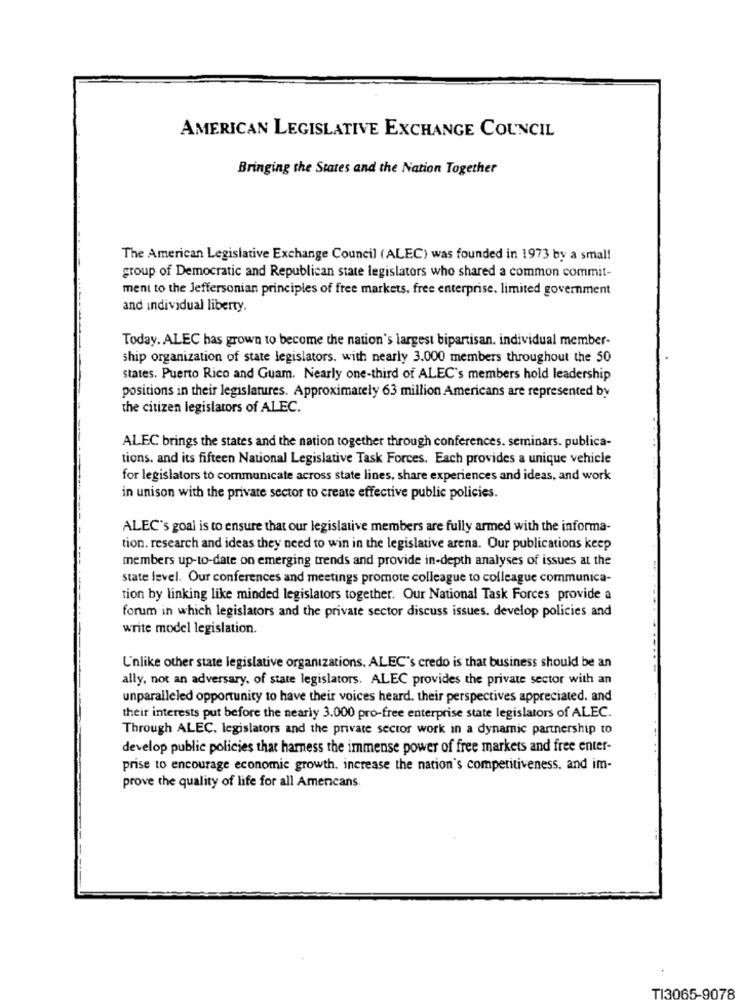
AMERICAN LEGISLATIVE EXCHANGE COUNCIL
Bringing the States and the Nation Together
The American Legislative Exchange Council (ALEC) was founded in 1973 by a small
group of Democratic and Republican state legislators who shared a common commit-
ment to the Jeffersonian principles of free markets. free enterprise. limited government
and individual liberty.
Today. ALEC has grown to become the nation's largest bipartisan. individual member-
ship organization of state legislators. with nearly 3.000 members throughout the 50
states. Puerto Rico and Guam. Nearly one-third of ALEC's members hold leadership
positions in their legislatures. Approximately 63 million Americans are represented by
the citizen legislators of ALEC.
ALEC brings the states and the nation together through conferences. seminars. publica-
tions, and its fifteen National Legislative Task Forces. Each provides a unique vehicle
for legislators to communicate across state lines, share experiences and ideas, and work
in unison with the private sector to create effective public policies.
ALEC's goal is to ensure that our legislative members are fully armed with the informa-
tion. research and ideas they need to win in the legislative arena. Our publications keep
members up-to-date on emerging trends and provide in-depth analyses of issues at the
state level. Our conferences and meetings promote colleague to colleague communica-
tion by linking like minded legislators together. Our National Task Forces provide a
forum in which legislators and the private sector discuss issues. develop policies and
write model legislation.
Unlike other state legislative organizations. ALEC's credo is that business should be an
ally, not an adversary, of state legislators. ALEC provides the private sector with an
unparalleled opportunity to have their voices heard. their perspectives appreciated. and
their interests put before the nearly 3.000 pro-free enterprise state legislators of ALEC.
Through ALEC, legislators and the private sector work in a dynamic partnership to
develop public policies that harness the immense power of free markets and free enter-
prise to encourage economic growth. increase the nation's competitiveness, and im-
prove the quality of life for all Amencans.
TI3065-9078